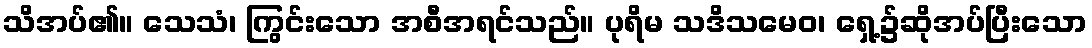
သိအပ်၏။ သေသံ၊ ကြွင်းသော အစီအရင်သည်။ ပုရိမ သဒိသမေဝ၊ ရှေ့၌ဆိုအပ်ပြီးသော